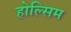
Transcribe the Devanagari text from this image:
होल्सिम